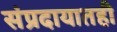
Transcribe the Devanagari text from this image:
संप्रदायातही